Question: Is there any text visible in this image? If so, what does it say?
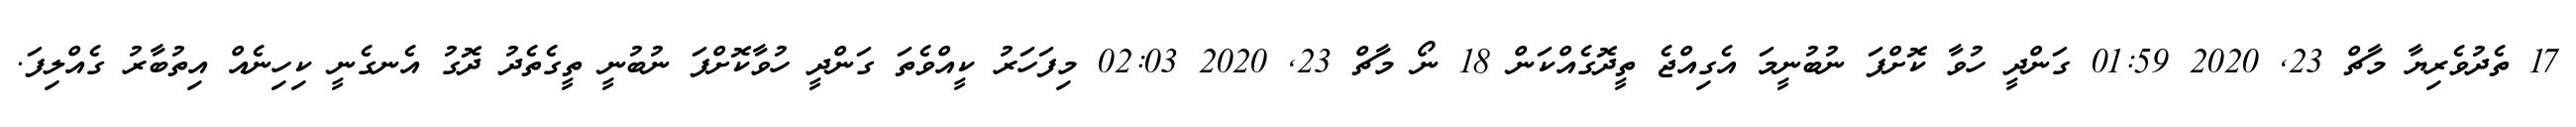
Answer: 17 ތެދުވެރިޔާ މާޗް 23, 2020 01:59 ގަންދީ ހުވާ ކޮށްފަ ނުބުނީމަ އެގިއްޖެ ތީދޮގެއްކަން 18 ނޯ މާޗް 23, 2020 02:03 މިފަހަރު ކީއްވެތަ ގަންދީ ހުވާކޮށްފަ ނުބުނީ ތީގެތެދު ދޮގު އެނގެނީ ކިހިނެއް އިތުބާރު ގެއްލިފަ.